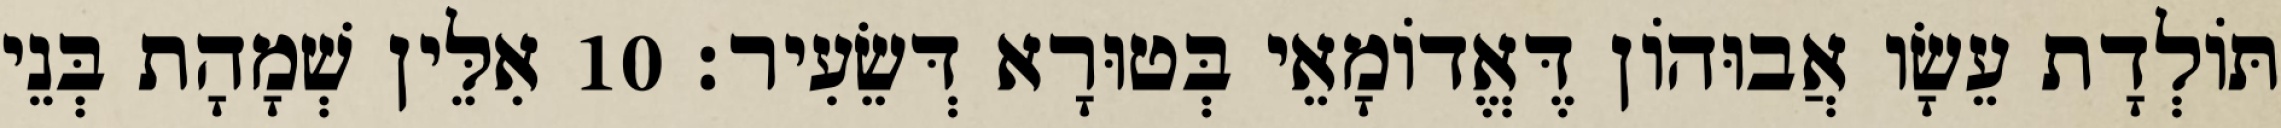
תּוֹלְדָת עֵשָׂו אֲבוּהוֹן דֶּאֱדוֹמָאֵי בְּטוּרָא דְּשֵׂעִיר׃ 10 אִלֵּין שְׁמָהָת בְּנֵי